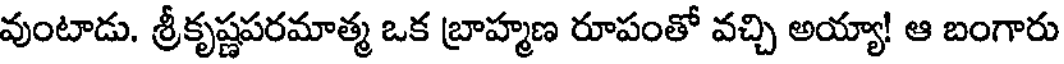
వుంటాడు. శ్రీకృష్ణపరమాత్మ ఒక బ్రాహ్మణ రూపంతో వచ్చి అయ్యా! ఆ బంగారు